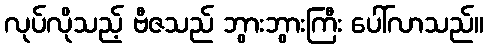
လုပ်လိုသည့် ဗီဇသည် ဘွားဘွားကြီး ပေါ်လာသည်။